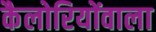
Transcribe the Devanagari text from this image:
कैलोरियोंवाला